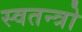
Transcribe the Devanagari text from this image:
स्वतन्त्रो